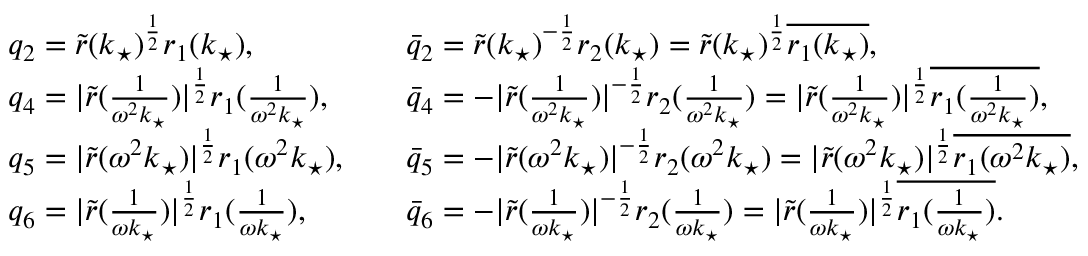
\begin{array} { r l r l } & { q _ { 2 } = \tilde { r } ( k _ { \star } ) ^ { \frac { 1 } { 2 } } r _ { 1 } ( k _ { \star } ) , } & & { \bar { q } _ { 2 } = \tilde { r } ( k _ { \star } ) ^ { - \frac { 1 } { 2 } } r _ { 2 } ( k _ { \star } ) = \tilde { r } ( k _ { \star } ) ^ { \frac { 1 } { 2 } } \overline { { r _ { 1 } ( k _ { \star } ) } } , } \\ & { q _ { 4 } = | \tilde { r } ( \frac { 1 } { \omega ^ { 2 } k _ { \star } } ) | ^ { \frac { 1 } { 2 } } r _ { 1 } ( \frac { 1 } { \omega ^ { 2 } k _ { \star } } ) , } & & { \bar { q } _ { 4 } = - | \tilde { r } ( \frac { 1 } { \omega ^ { 2 } k _ { \star } } ) | ^ { - \frac { 1 } { 2 } } r _ { 2 } ( \frac { 1 } { \omega ^ { 2 } k _ { \star } } ) = | \tilde { r } ( \frac { 1 } { \omega ^ { 2 } k _ { \star } } ) | ^ { \frac { 1 } { 2 } } \overline { { r _ { 1 } ( \frac { 1 } { \omega ^ { 2 } k _ { \star } } ) } } , } \\ & { q _ { 5 } = | \tilde { r } ( \omega ^ { 2 } k _ { \star } ) | ^ { \frac { 1 } { 2 } } r _ { 1 } ( \omega ^ { 2 } k _ { \star } ) , } & & { \bar { q } _ { 5 } = - | \tilde { r } ( \omega ^ { 2 } k _ { \star } ) | ^ { - \frac { 1 } { 2 } } r _ { 2 } ( \omega ^ { 2 } k _ { \star } ) = | \tilde { r } ( \omega ^ { 2 } k _ { \star } ) | ^ { \frac { 1 } { 2 } } \overline { { r _ { 1 } ( \omega ^ { 2 } k _ { \star } ) } } , } \\ & { q _ { 6 } = | \tilde { r } ( \frac { 1 } { \omega k _ { \star } } ) | ^ { \frac { 1 } { 2 } } r _ { 1 } ( \frac { 1 } { \omega k _ { \star } } ) , } & & { \bar { q } _ { 6 } = - | \tilde { r } ( \frac { 1 } { \omega k _ { \star } } ) | ^ { - \frac { 1 } { 2 } } r _ { 2 } ( \frac { 1 } { \omega k _ { \star } } ) = | \tilde { r } ( \frac { 1 } { \omega k _ { \star } } ) | ^ { \frac { 1 } { 2 } } \overline { { r _ { 1 } ( \frac { 1 } { \omega k _ { \star } } ) } } . } \end{array}